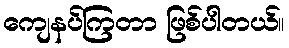
ကျေနပ်ကြတာ ဖြစ်ပါတယ်။